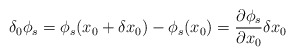
\begin{align*}\delta_0\phi_s=\phi_s(x_0+\delta x_0)-\phi_s(x_0)=\frac{\partial\phi_s}{\partial x_0} \delta x_0\end{align*}